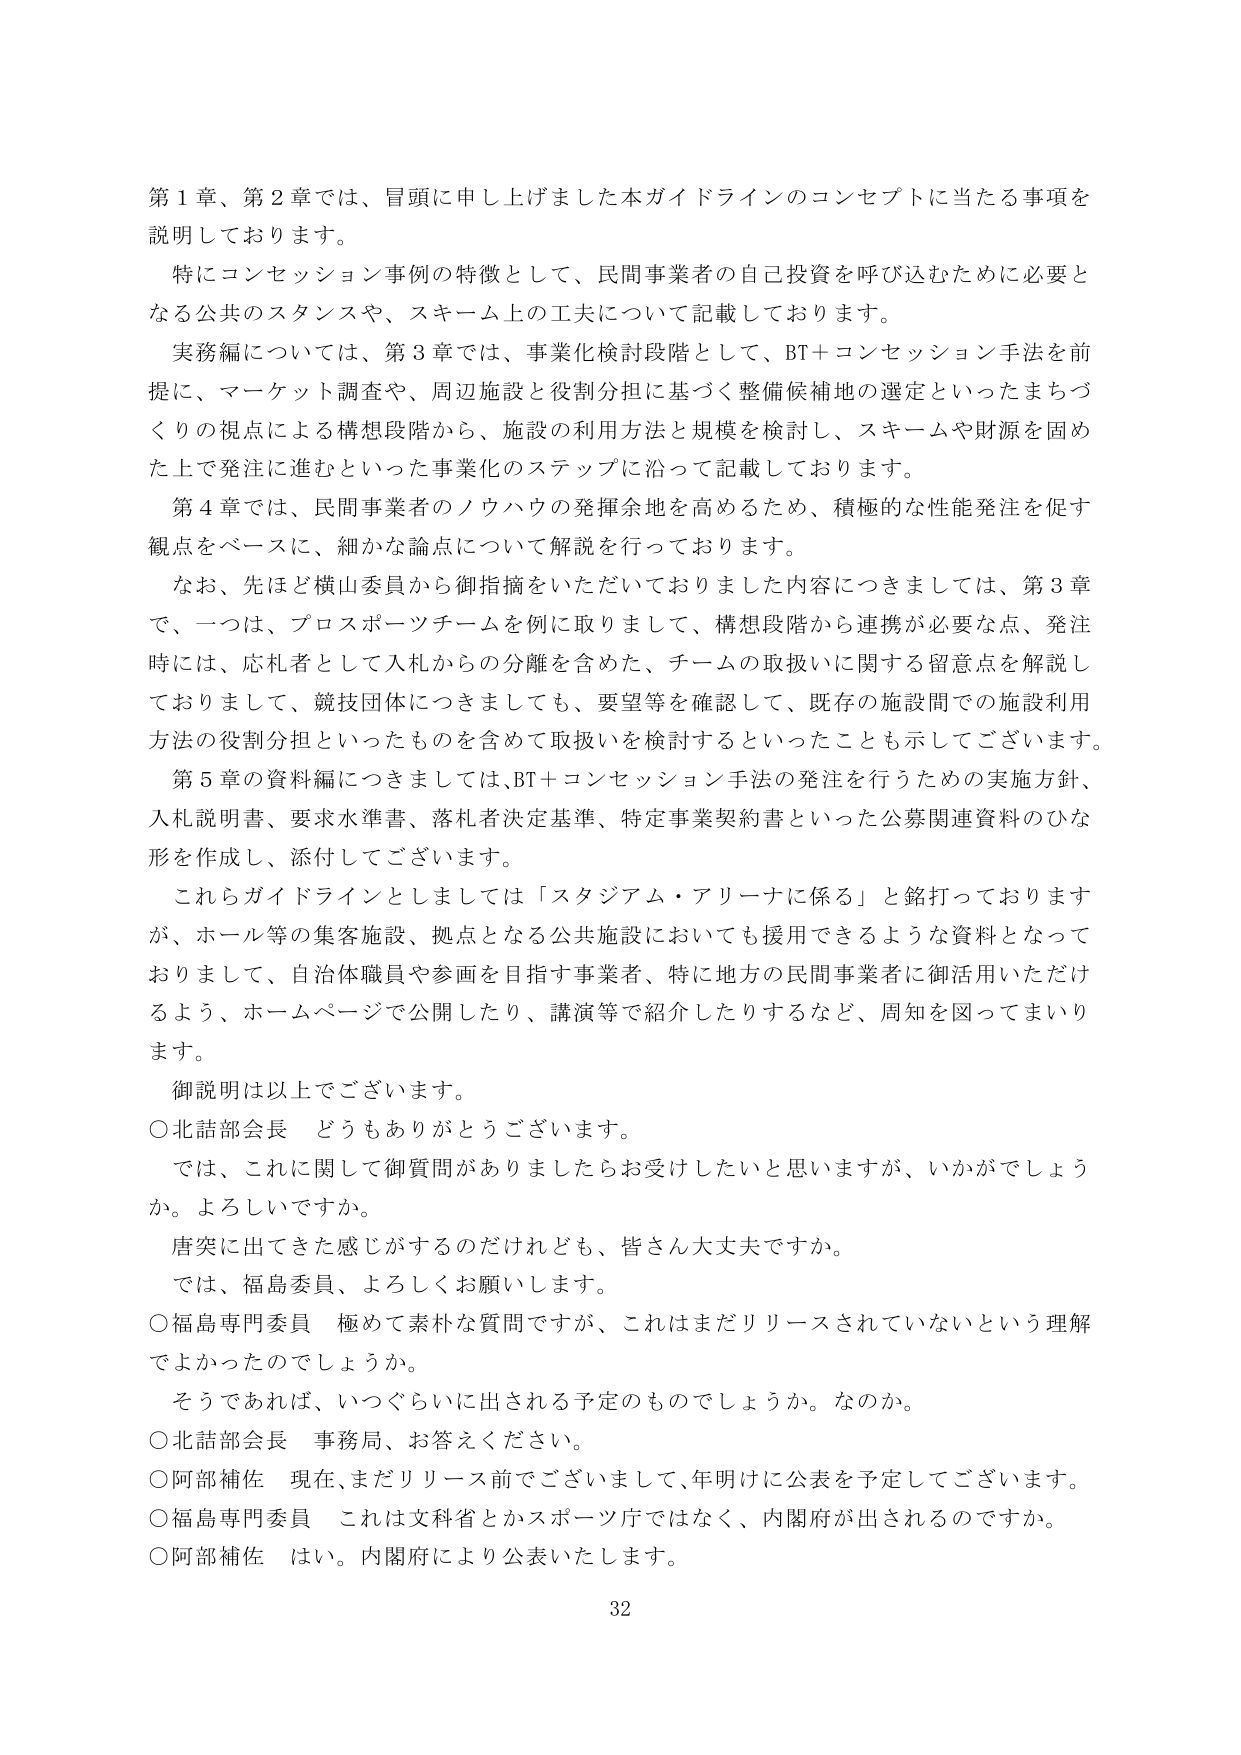
第１章、第２章では、冒頭に申し上げました本ガイドラインのコンセプトに当たる事項を
説明しております。
　特にコンセッション事例の特徴として、民間事業者の自己投資を呼び込むために必要と
なる公共のスタンスや、スキーム上の工夫について記載しております。
　実務編については、第３章では、事業化検討段階として、BT＋コンセッション手法を前
提に、マーケット調査や、周辺施設と役割分担に基づく整備候補地の選定といったまちづ
くりの視点による構想段階から、施設の利用方法と規模を検討し、スキームや財源を固め
た上で発注に進むといった事業化のステップに沿って記載しております。
　第４章では、民間事業者のノウハウの発揮余地を高めるため、積極的な性能発注を促す
観点をベースに、細かな論点について解説を行っております。
　なお、先ほど横山委員から御指摘をいただいておりました内容につきましては、第３章
で、一つは、プロスポーツチームを例に取りまして、構想段階から連携が必要な点、発注
時には、応札者として入札からの分離を含めた、チームの取扱いに関する留意点を解説し
ておりまして、競技団体につきましても、要望等を確認して、既存の施設間での施設利用
方法の役割分担といったものを含めて取扱いを検討するといったことも示してございます。
　第５章の資料編につきましては、BT＋コンセッション手法の発注を行うための実施方針、
入札説明書、要求水準書、落札者決定基準、特定事業契約書といった公募関連資料のひな
形を作成し、添付してございます。
　これらガイドラインとしましては「スタジアム・アリーナに係る」と銘打っております
が、ホール等の集客施設、拠点となる公共施設においても援用できるような資料となって
おりまして、自治体職員や参画を目指す事業者、特に地方の民間事業者に御活用いただけ
るよう、ホームページで公開したり、講演等で紹介したりするなど、周知を図ってまいり
ます。
　御説明は以上でございます。
○北詰部会長　どうもありがとうございます。
　では、これに関して御質問がありましたらお受けしたいと思いますが、いかがでしょう
か。よろしいですか。
　唐突に出てきた感じがするのだけれども、皆さん大丈夫ですか。
　では、福島委員、よろしくお願いします。
○福島専門委員　極めて素朴な質問ですが、これはまだリリースされていないという理解
でよかったのでしょうか。
　そうであれば、いつぐらいに出される予定のものでしょうか。なのか。
○北詰部会長　事務局、お答えください。
○阿部補佐　現在、まだリリース前でございまして、年明けに公表を予定してございます。
○福島専門委員　これは文科省とかスポーツ庁ではなく、内閣府が出されるのですか。
○阿部補佐　はい。内閣府により公表いたします。
32